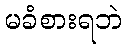
မခံစားရဘဲ